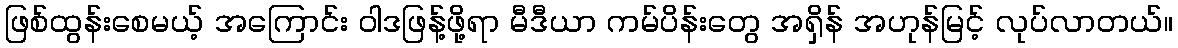
ဖြစ်ထွန်းစေမယ့် အကြောင်း ဝါဒဖြန့်ဖို့ရာ မီဒီယာ ကမ်ပိန်းတွေ အရှိန် အဟုန်မြင့် လုပ်လာတယ်။